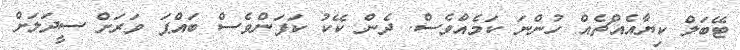
ޓޭބަލް ކިޔާއެއްޗެއް ހުންނަ ކަމެއްވެސް. ދެން ކޭކު ކަފަންވެސް ބައްޕަ ވަރަށް ސީދަލަށް